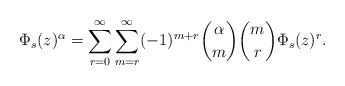
\begin{align*}\Phi_s(z)^\alpha=\sum_{r=0}^\infty\sum_{m=r}^\infty (-1)^{m+r}\binom{\alpha}{m}\binom{m}{r}\Phi_s(z)^r.\end{align*}